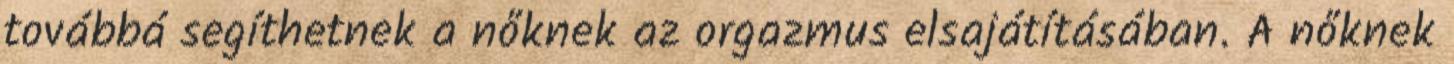
továbbá segíthetnek a nőknek az orgazmus elsajátításában. A nőknek